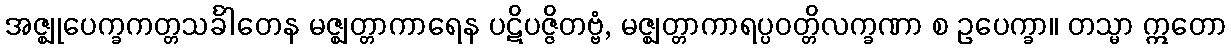
အဇ္ဈုပေက္ခကတ္တသင်္ခါတေန မဇ္ဈတ္တာကာရေန ပဋိပဇ္ဇိတဗ္ဗံ, မဇ္ဈတ္တာကာရပ္ပဝတ္တိလက္ခဏာ စ ဥပေက္ခာ။ တသ္မာ ဣတော